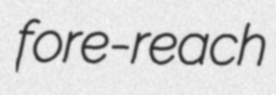
fore-reach